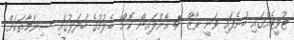
ޓުވީޓެއްގައި ބުނެފައި ވަނީ ރާޒް 4 އޮންލައިން ކޮށް ބެލުމުގެ ބަދަލުގައި ސިނަމާތަކަށް